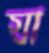
যা